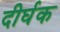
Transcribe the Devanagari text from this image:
दीर्घक